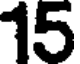
15